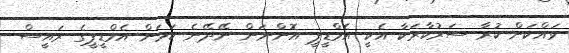
ވައްކަން ކުރާ ސަރުކާރަކާ އެކީ އެމްޑީޕީ އޮންނަން ނޭދޭނެ ކަމަށް އެމްޑީޕީގެ ރައީސް